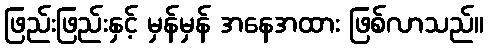
ဖြည်းဖြည်းနှင့် မှန်မှန် အနေအထား ဖြစ်လာသည်။